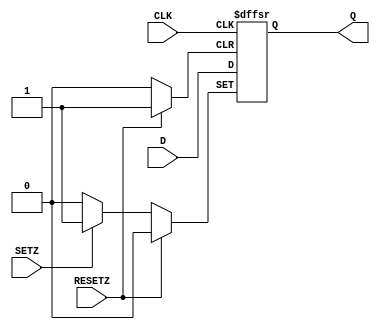
module dffsetreset(
input CLK,
input D,
input SETZ,
input RESETZ,
output reg Q
);

always @(posedge CLK or posedge RESETZ or posedge SETZ)
    if(RESETZ)
        Q <= 0;
    else if(SETZ)
        Q <= 1;
    else
        Q <= D;
		
specify
        (posedge CLK *> (Q:D)) = 2;
        $setup(D, posedge CLK, 1);
        $hold(posedge CLK, D, 0.5);
    endspecify   
	
endmodule